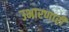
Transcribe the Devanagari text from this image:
उभारणारी